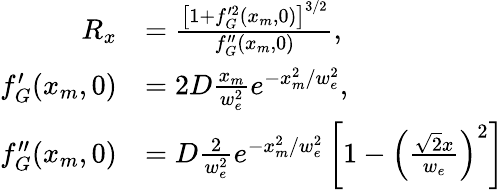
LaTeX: \begin{array}{rl}{R_{x}}&{=\frac{\left[1+f_{G}^{\prime 2}(x_{m},0)\right]^{3/2}}{f_{G}^{\prime\prime}(x_{m},0)},}\\ {f_{G}^{\prime}(x_{m},0)}&{=2D\frac{x_{m}}{w_{e}^{2}}e^{-x_{m}^{2}/w_{e}^{2}},}\\ {f_{G}^{\prime\prime}(x_{m},0)}&{=D\frac{2}{w_{e}^{2}}e^{-x_{m}^{2}/w_{e}^{2}}\left[1-\left(\frac{\sqrt{2}x}{w_{e}}\right)^{2}\right]}\end{array}